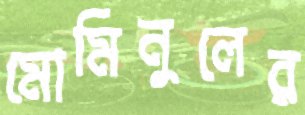
মোমিনুলের